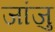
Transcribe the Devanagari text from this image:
जांजु